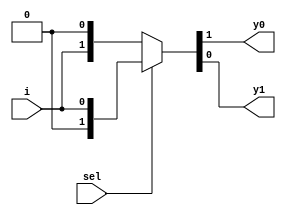
module demux1_2(
  input sel,
  input i,
  output y0, y1);
  
  assign {y0,y1} = sel?{1'b0,i}: {i,1'b0};
endmodule